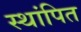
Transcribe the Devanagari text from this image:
स्थांपित